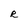
Character: R